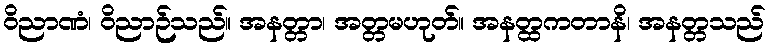
ဝိညာဏံ၊ ဝိညာဉ်သည်။ အနတ္တာ၊ အတ္တမဟုတ်။ အနတ္ထကတာနိ၊ အနတ္တသည်